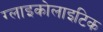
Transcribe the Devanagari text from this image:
ग्लाइकोलाइटिक